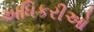
અધિકરીઓ